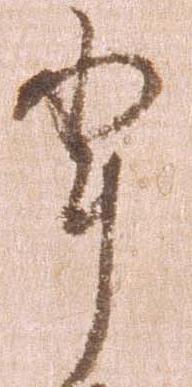
輩